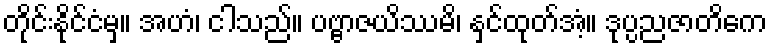
တိုင်းနိုင်ငံမှ။ အဟံ၊ ငါသည်။ ပဗ္ဗာဇယိဿမိ၊ နှင်ထုတ်အံ့။ ဒုပ္ပညဇာတိကေ